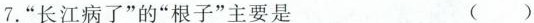
7.”长江病了”的”根子”主要是 ( )